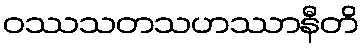
ဝဿသတသဟဿာနီတိ